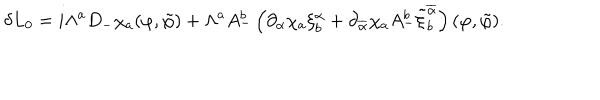
\delta L _ { 0 } = i \Lambda ^ { a } D _ { - } \chi _ { a } ( \varphi , \tilde { \varphi } ) + \Lambda ^ { a } A _ { - } ^ { b } \left( \partial _ { \alpha } \chi _ { a } \xi _ { b } ^ { \alpha } + \partial _ { \overline { { { \alpha } } } } \chi _ { a } A _ { - } ^ { b } \tilde { \xi } _ { b } ^ { \overline { { { \alpha } } } } \right) ( \varphi , \tilde { \varphi } ) .